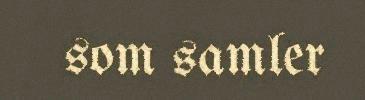
som samler